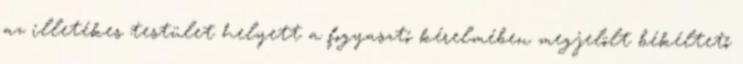
az illetékes testület helyett a fogyasztó kérelmében megjelölt békéltető